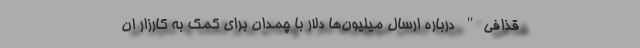
قذافی" درباره ارسال میلیون‌ها دلار با چمدان برای کمک به کارزار ان